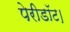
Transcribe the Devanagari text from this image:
पेरीडॉट।